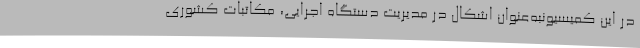
در این کمیسیونبه‌عنوان اشکال در مدیریت دستگاه اجرایی، مکاتبات کشوری